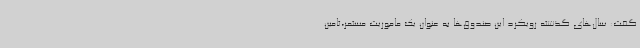
گفت: سال‌های گذشته رویکرد این صندوق‌ها به عنوان یک ماموریت مستمر،تامین